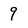
Character: 9